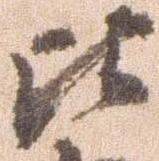
比